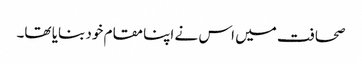
صحافت میں اس نے اپنا مقام خود بنایا تھا۔